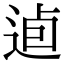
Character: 逌